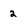
Character: 2